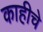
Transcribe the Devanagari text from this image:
काहीचे